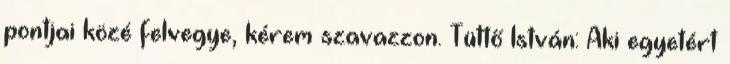
pontjai közé felvegye, kérem szavazzon. Tüttő István: Aki egyetért